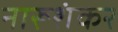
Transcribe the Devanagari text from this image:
नारूशंकर